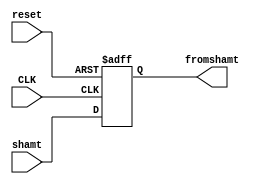
`timescale 1ns / 1ps
//////////////////////////////////////////////////////////////////////////////////
// Company: 
// Engineer: 
// 
// Design Name: 
// Module Name: Aluoutclk
// Project Name: 
// Target Devices: 
// Tool Versions: 
// Description: 
// 
// Dependencies: 
// 
// Revision:
// Revision 0.01 - File Created
// Additional Comments:
// 
//////////////////////////////////////////////////////////////////////////////////


module Aluoutclk(CLK,reset,shamt,fromshamt);
    input CLK,reset;
    input [4:0]shamt;
    output reg [4:0]fromshamt;
    always@(posedge CLK or negedge reset)
    begin
    if(!reset)
    begin
    fromshamt=5'b0;
    end
    else
    begin
    fromshamt=shamt;
    end
    end
endmodule